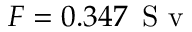
F = 0 . 3 4 7 \, \mathrm { ~ S ~ v ~ }